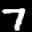
Label: 7